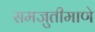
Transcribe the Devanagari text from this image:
समजुतीमाणे